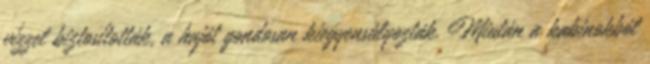
vízzel biztosították, a hajót gondosan kiegyensúlyozták. Miután a kabinokból